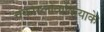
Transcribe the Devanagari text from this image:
चेकोस्लोवाकियाके